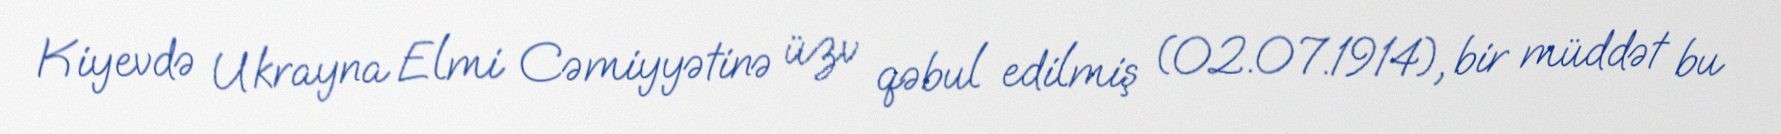
Kiyevdə Ukrayna Elmi Cəmiyyətinə üzv qəbul edilmiş (02.07.1914), bir müddət bu